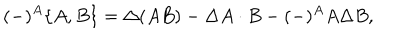
( - ) ^ { A } \{ A , B \} = \Delta \! \left( A B \right) - \Delta A \cdot B - ( - ) ^ { A } A \Delta B ,